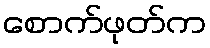
စောက်ဖုတ်က